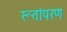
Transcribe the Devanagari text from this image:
रूतांपरण